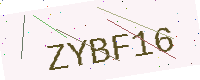
Text: ZYBF16